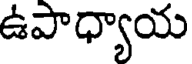
ఉపాధ్యాయ